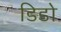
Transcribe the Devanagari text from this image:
डिडो